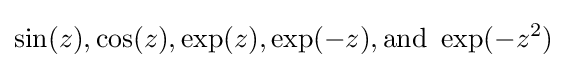
\sin(z),\cos(z),\exp(z),\exp(-z),{\text{and }}\exp(-z^{2})